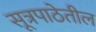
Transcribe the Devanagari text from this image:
सूत्रपाठेतील